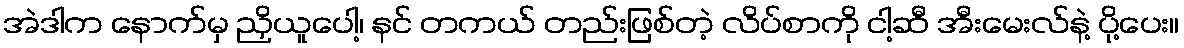
အဲဒါက နောက်မှ ညှိယူပေါ့၊ နင် တကယ် တည်းဖြစ်တဲ့ လိပ်စာကို ငါ့ဆီ အီးမေးလ်နဲ့ ပို့ပေး။